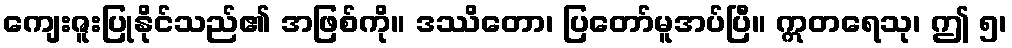
ကျေးဇူးပြုနိုင်သည်၏ အဖြစ်ကို။ ဒဿိတော၊ ပြတော်မူအပ်ပြီ။ ဣတရေသု၊ ဤ ၅၊